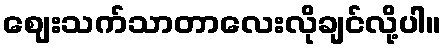
ဈေးသက်သာတာလေးလိုချင်လို့ပါ။